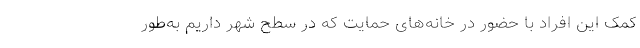
کمک این افراد با حضور در خانه‌های حمایت که در سطح شهر داریم به‌طور